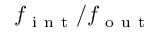
f _ { \mathrm { ~ i ~ n ~ t ~ } } / f _ { \mathrm { ~ o ~ u ~ t ~ } }